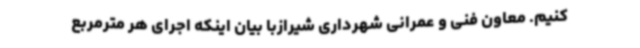
کنیم. معاون فنی و عمرانی شهرداری شیرازبا بیان اینکه اجرای هر مترمربع